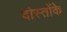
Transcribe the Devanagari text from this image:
दोस्तोंके